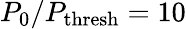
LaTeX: P_{0}/P_{\mathrm{thresh}}=10